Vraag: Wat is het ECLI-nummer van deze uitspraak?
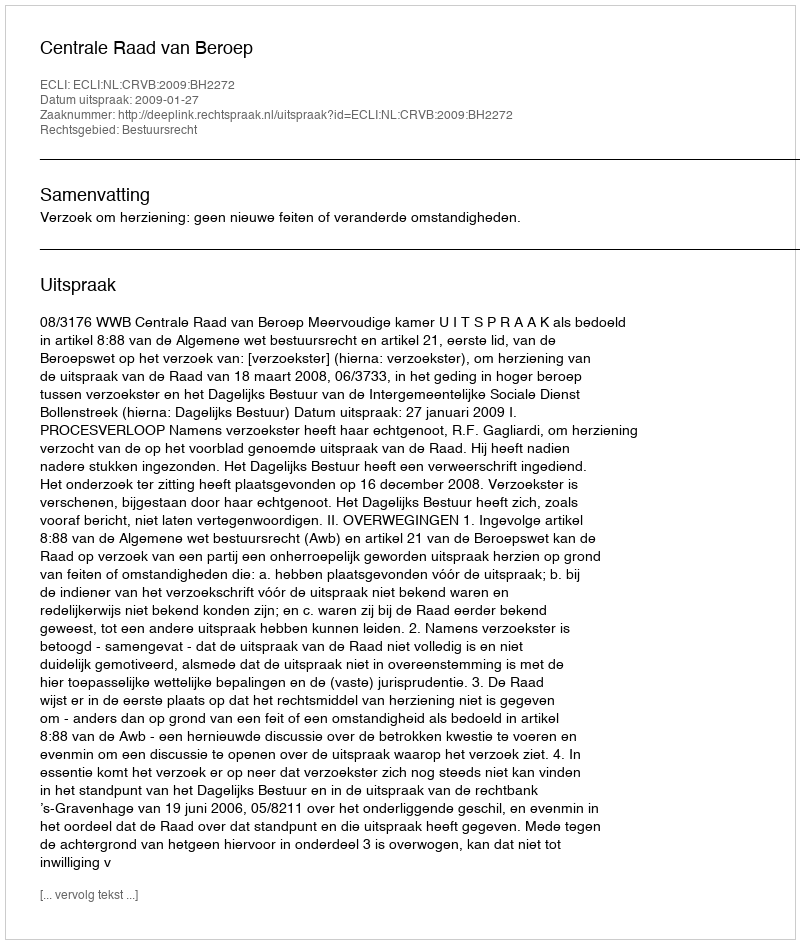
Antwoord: ECLI:NL:CRVB:2009:BH2272